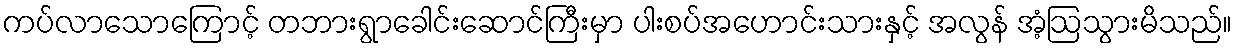
ကပ်လာသောကြောင့် တဘားရွာခေါင်းဆောင်ကြီးမှာ ပါးစပ်အဟောင်းသားနှင့် အလွန် အံ့ဩသွားမိသည်။